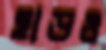
হাড়ও